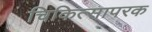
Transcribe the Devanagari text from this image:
चिकित्सापरक